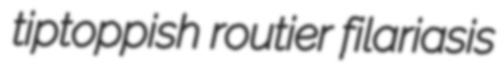
tiptoppish routier filariasis